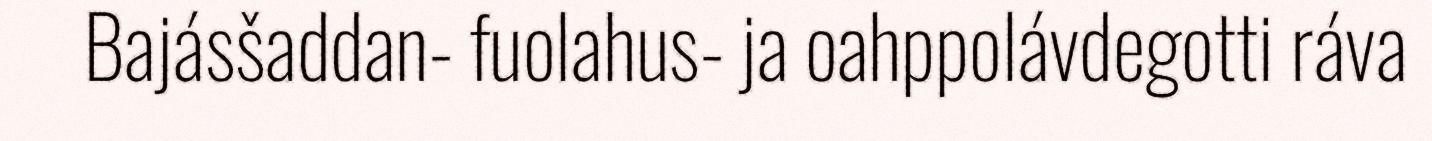
Bajásšaddan- fuolahus- ja oahppolávdegotti ráva